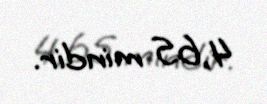
4,65 mindir.